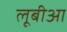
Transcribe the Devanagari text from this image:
लूबीआ